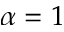
\alpha = 1